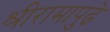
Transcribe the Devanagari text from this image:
श्रीरामापुढे